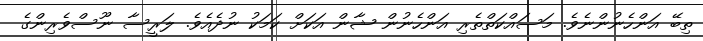
ތިބޭ އަންހެނުންނެވެ. މަސައްކަތްތެރި އަންހެނުން ޝާން އަކަށް ކަމަކު ނުދެއެވެ. ލަރީސާ ނޫސްވެރިންގެ